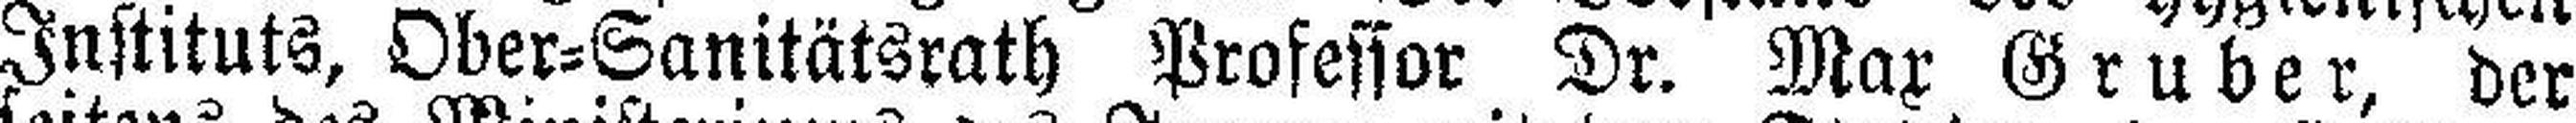
Instituts, Ober=Sanitätsrath Profeffor Dr. Max Gruber, der